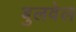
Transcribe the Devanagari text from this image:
बुलवेल